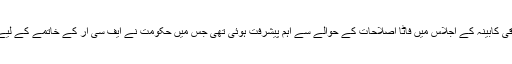
گزشتہ برس 12 ستمبر کو وفاقی کابینہ کے اجلاس میں فاٹا اصلاحات کے حوالے سے اہم پیشرفت ہوئی تھی جس میں حکومت نے ایف سی آر کے خاتمے کے لیے نیا بل لانے کا فیصلہ کیا تھا۔